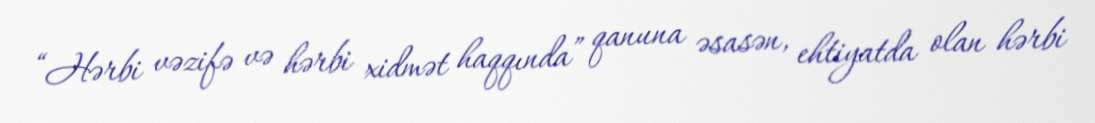
“Hərbi vəzifə və hərbi xidmət haqqında” qanuna əsasən, ehtiyatda olan hərbi